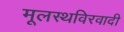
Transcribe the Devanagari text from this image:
मूलस्थविरवादी